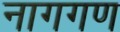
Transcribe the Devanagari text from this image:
नागगण